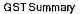
GST SUMMARY